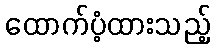
ထောက်ပံ့ထားသည့်